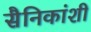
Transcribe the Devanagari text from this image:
सैनिकांशी